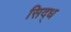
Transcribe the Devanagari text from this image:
सिद्‌ध